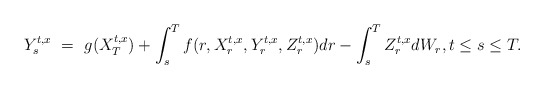
\begin{align*}Y_s^{t,x} \ = \ g(X_T^{t,x}) + \int_s^T f(r,X_r^{t,x},Y_r^{t,x},Z_r^{t,x}) dr - \int_s^T Z_r^{t,x} dW_r, t \leq s \leq T.\end{align*}